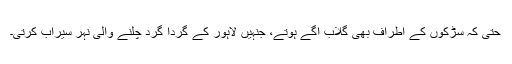
حتّیٰ کہ سڑکوں کے اطراف بھی گلاب اگے ہوتے، جنہیں لاہور کے گردا گرد چلنے والی نہر سیراب کرتی۔